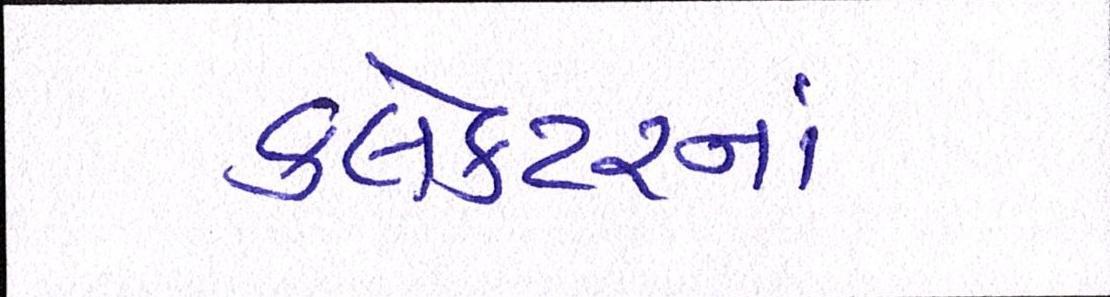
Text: કલેકટરનાં